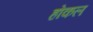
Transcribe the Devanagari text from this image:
होकल